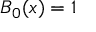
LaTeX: B _ { 0 } ( x ) = 1